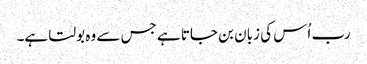
رب اُس کی زبان بن جاتا ہے جس سے وہ بولتا ہے۔